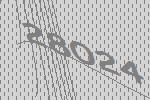
28024